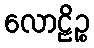
လောဠိဉ္စ